Report on vaccination in Madras 1895-1903 - 1895-1903
Year: 1895
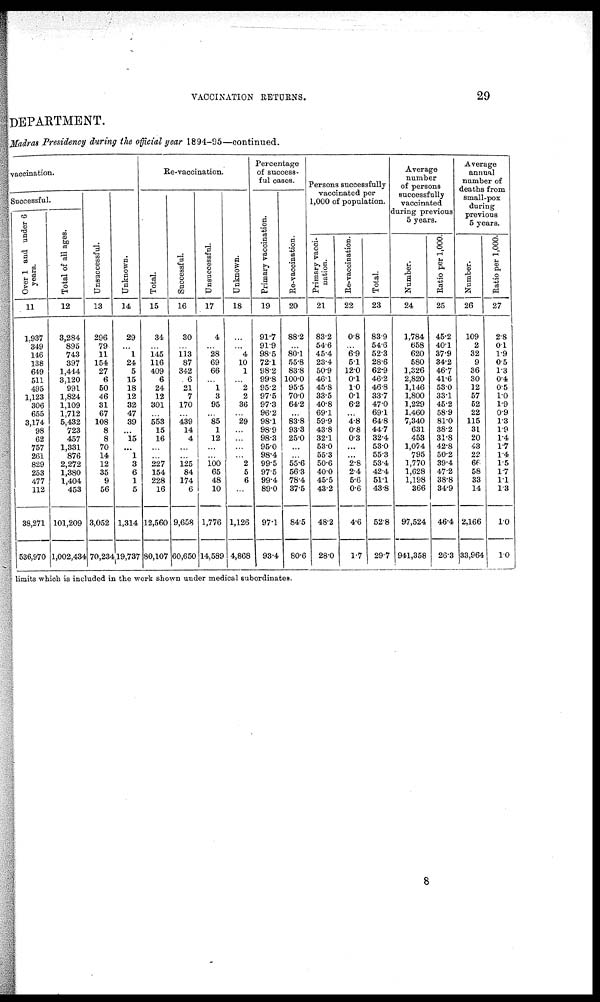
VACCINATION RETURNS.
29
DEPARTMENT.
Madras Presidency during the official year 1894-95—continued.
vaccination.
Successful.
Over 1 and under 6
years.
11
1,937
349
146
138
649
511
495
1,123
306
655
3,174
98
62
757
261
829
253
477
112
38,271
536,970
Total of all ages.
12
3,284
895
743
397
1,444
3,120
991
1,824
1,109
1,712
5,432
723
457
1,331
876
2,272
1,380
1,404
453
101,209
1,002,434
Unsuccessful.
13
296
79
11
154
27
6
50
46
31
67
108
8
8
70
14
12
35
9
56
3,052
70,234
Unknown.
14
29
... 1
24
5
15
18
12
32
47
39
... 15
...
1
3
6
1
5
1,314
19,737
Re-vaccination.
Total.
15
34
...
145
116
409
6
24
12
301
...
553
15
16
...
...
227
154
228
16
12,560
80,107
Successful.
16
30
...
113
87
342
6
21
7
170
...
439
14
4
...
...
125
84
174
6
9,658
60,650
Unsuccessful.
17
4
...
28
69
66
...
1
3
95
... 85
1
12
...
...
100 65
48
10
1,776
14,589
Unknown.
18
...
... 4
10
1
...
2
2
36
...
29
...
...
...
...
2
5
6
...
1,126
4,868
Percentage
of success-
ful cases.
Primary vaccination.
19
91.7
91.9
98.5
72.1
98.2
99.8
95.2
97.5
97.3
96.2
98.1
98.9
98.3
95.0
98.4
99.5
97.5
99.4
89.0
97.1
93.4
Re-vaccination.
20
88.2
...
80.1
55.8
83.8
100.0
95.5
70.0
64.2
...
83.8
93.3
25.0
...
...
55.6
56.3
78.4
37.5
84.5
80.6
Persons successfully
vaccinated per
1,000 of population.
Primary vacci-
nation.
21
83.2
54.6
45.4
23.4
50.9
46.1
45.8
33.5
40.8
69.1
59.9
43.8
32.1
53.0
55.3
50.6
40.0
45.5
43.2
48.2
28.0
Re-vaccination.
22
0.8
...
6.9
5.1
12.0
0.1
1.0
0.1
6.2
...
4.8
0.8
0.3
...
... 2.8
2.4
5.6
0.6
4.6
1.7
Total.
23
83.9
54.6
52.3
28.6
62.9
46.2
46.8
33.7
47.0
69.1
64.8
44.7
32.4
53.0
55.3
53.4
42.4
51.1
43.8
52.8
29.7
Average
number
of persons
successfully
vaccinated
during previous
5 years.
Number.
24
1,784
658
620
580
1,326
2,820
1,146
1,800
1,229
1,460
7,340
631
453
1,074
795
1,770
1,628
1,198
366
97,524
941,358
Ratio per 1,000.
25
45.2
40.1
37.9
34.2
46.7
41.6
53.0
33.1
45.2
58.9
81.0
38.2
31.8
42.8
50.2
39.4
47.2
38.8
34.9
46.4
26.3
Average
annual
number of
deaths from
small-pox
during
previous
5 years.
Number.
26
109
2
32
9
36
30
12
57
52
22
115
31
20
43
22
66
58
33
14
2,166
33,964
Ratio per 1,000.
27
2.8
0.1
1.9
0.5
1.3
0.4
0.5
1.0
1.9
0.9
1.3
1.9
1.4
1.7
1.4
1.5
1.7
1.1
1.3
1.0
1.0
limits which is included in the work shown under medical subordinates.
8